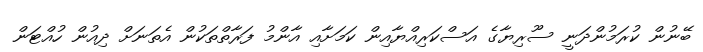
ބޭނުން ކުރަމުންދަނީ ސޫރިޔާގެ އަސްކަރިއްޔާއިން ކަމަށާއި އާންމު ފަރާތްތަކުން އެތަނަށް ދިއުން ހުއްޓަން